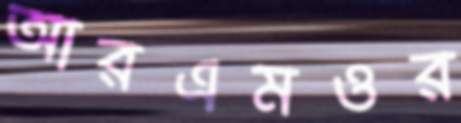
আরএমওর